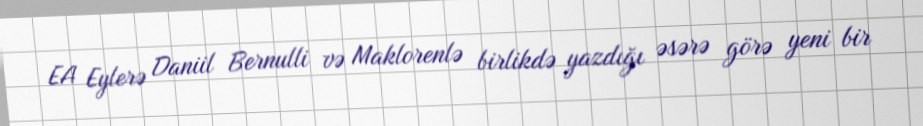
EA Eylerə Daniil Bernulli və Maklorenlə birlikdə yazdığı əsərə görə yeni bir